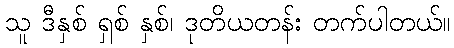
သူ ဒီနှစ် ရှစ် နှစ်၊ ဒုတိယတန်း တက်ပါတယ်။